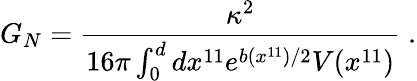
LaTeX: G_{N}=\frac{\kappa^{2}}{16\pi\int_{0}^{d}dx^{11}e^{b(x^{11})/2}V(x^{11})}\; .